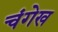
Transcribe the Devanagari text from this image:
चंगेख